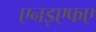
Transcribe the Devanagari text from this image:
एनइएफए